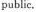
public.